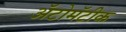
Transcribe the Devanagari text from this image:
ॲटोमॅटीक